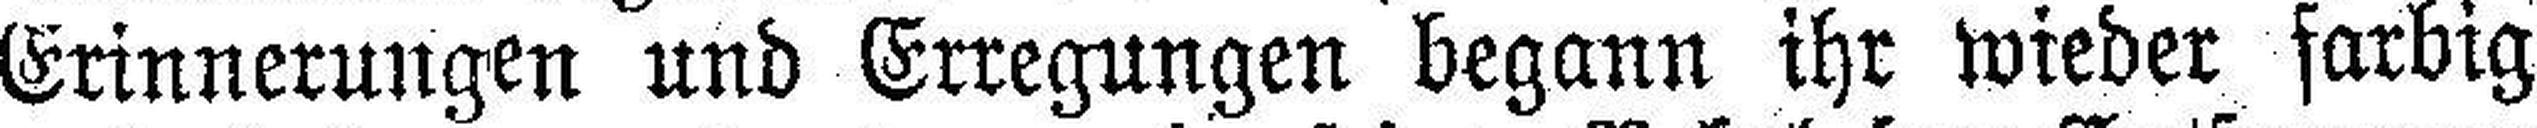
Erinnerungen und Erregungen begann ihr wieder farbig